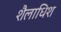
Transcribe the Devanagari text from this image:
शैलाधिश